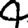
Digit: 4